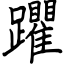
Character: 躣